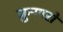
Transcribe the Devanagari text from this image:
ज़ुन्गारों